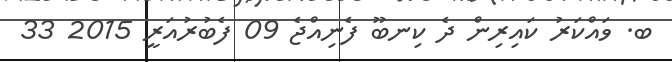
ބ. ވައްކަރު ކައިރިން ދެ ކިނބޫ ފެނިއްޖެ 09 ފެބުރުއަރީ 2015 33